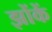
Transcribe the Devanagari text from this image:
झोंकें